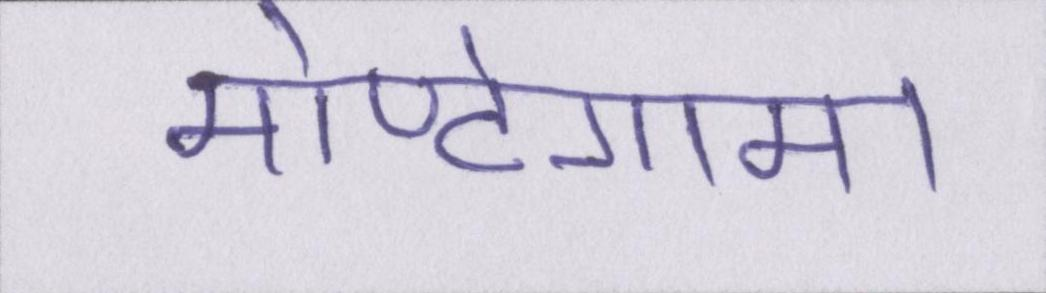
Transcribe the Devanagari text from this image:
मोण्टेगामा